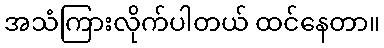
အသံကြားလိုက်ပါတယ် ထင်နေတာ။